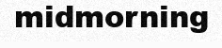
midmorning